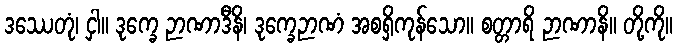
ဒဿေတုံ၊ ငှါ။ ဒုက္ခေ ဉာဏာဒီနိ၊ ဒုက္ခေဉာဏံ အစရှိကုန်သော။ စတ္တာရိ ဉာဏာနိ။ တို့ကို။